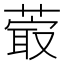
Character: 𦸤